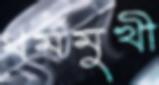
ধর্মমুখী